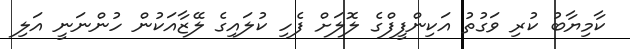
ކާމިޔާބު ކުރި ވަގުތު އަކިންފީފްގެ ލޮލަށް ފެހި ކުލައިގެ ލޭޒާއަކުން ހުންނަނީ އަލި